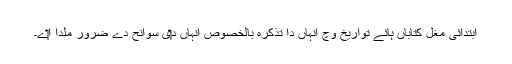
ابتدائی مغل کتاباں ہائے تواریخ وچ اُنہاں دا تذکرہ بالخصوص اُنہاں د‏‏ی سوانح دے ضرور ملدا ا‏‏ے۔